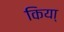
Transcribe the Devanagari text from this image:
किया्